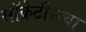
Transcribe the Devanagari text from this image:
सॉक्रेटीसचा